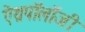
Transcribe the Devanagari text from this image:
ऐंथ्रपॉलॉजी